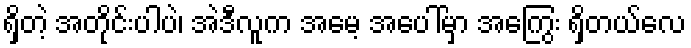
ရှိတဲ့ အတိုင်းပါပဲ၊ အဲဒီလူက အမေ့ အပေါ်မှာ အကြွေး ရှိတယ်လေ